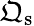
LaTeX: {\mathfrak{Q}}_{\mathrm{s}}